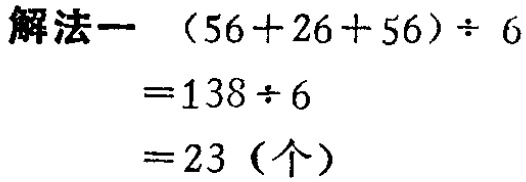
```
解法一  \((56 + 26 + 56)\div 6\)
\(= 138\div 6\)
\(= 23\)（个）
```